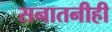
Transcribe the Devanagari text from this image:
सनातनीही